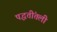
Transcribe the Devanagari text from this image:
पद्धतींतली